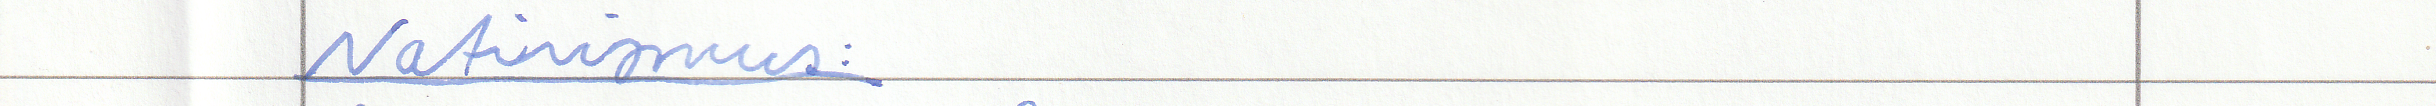
Nativismus: